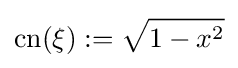
\operatorname {cn} (\xi ):={\sqrt {1-x^{2}}}